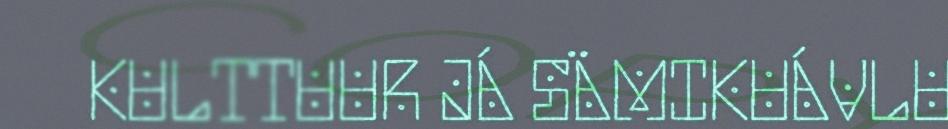
KULTTUUR JÁ SÄMIKUÁVLU